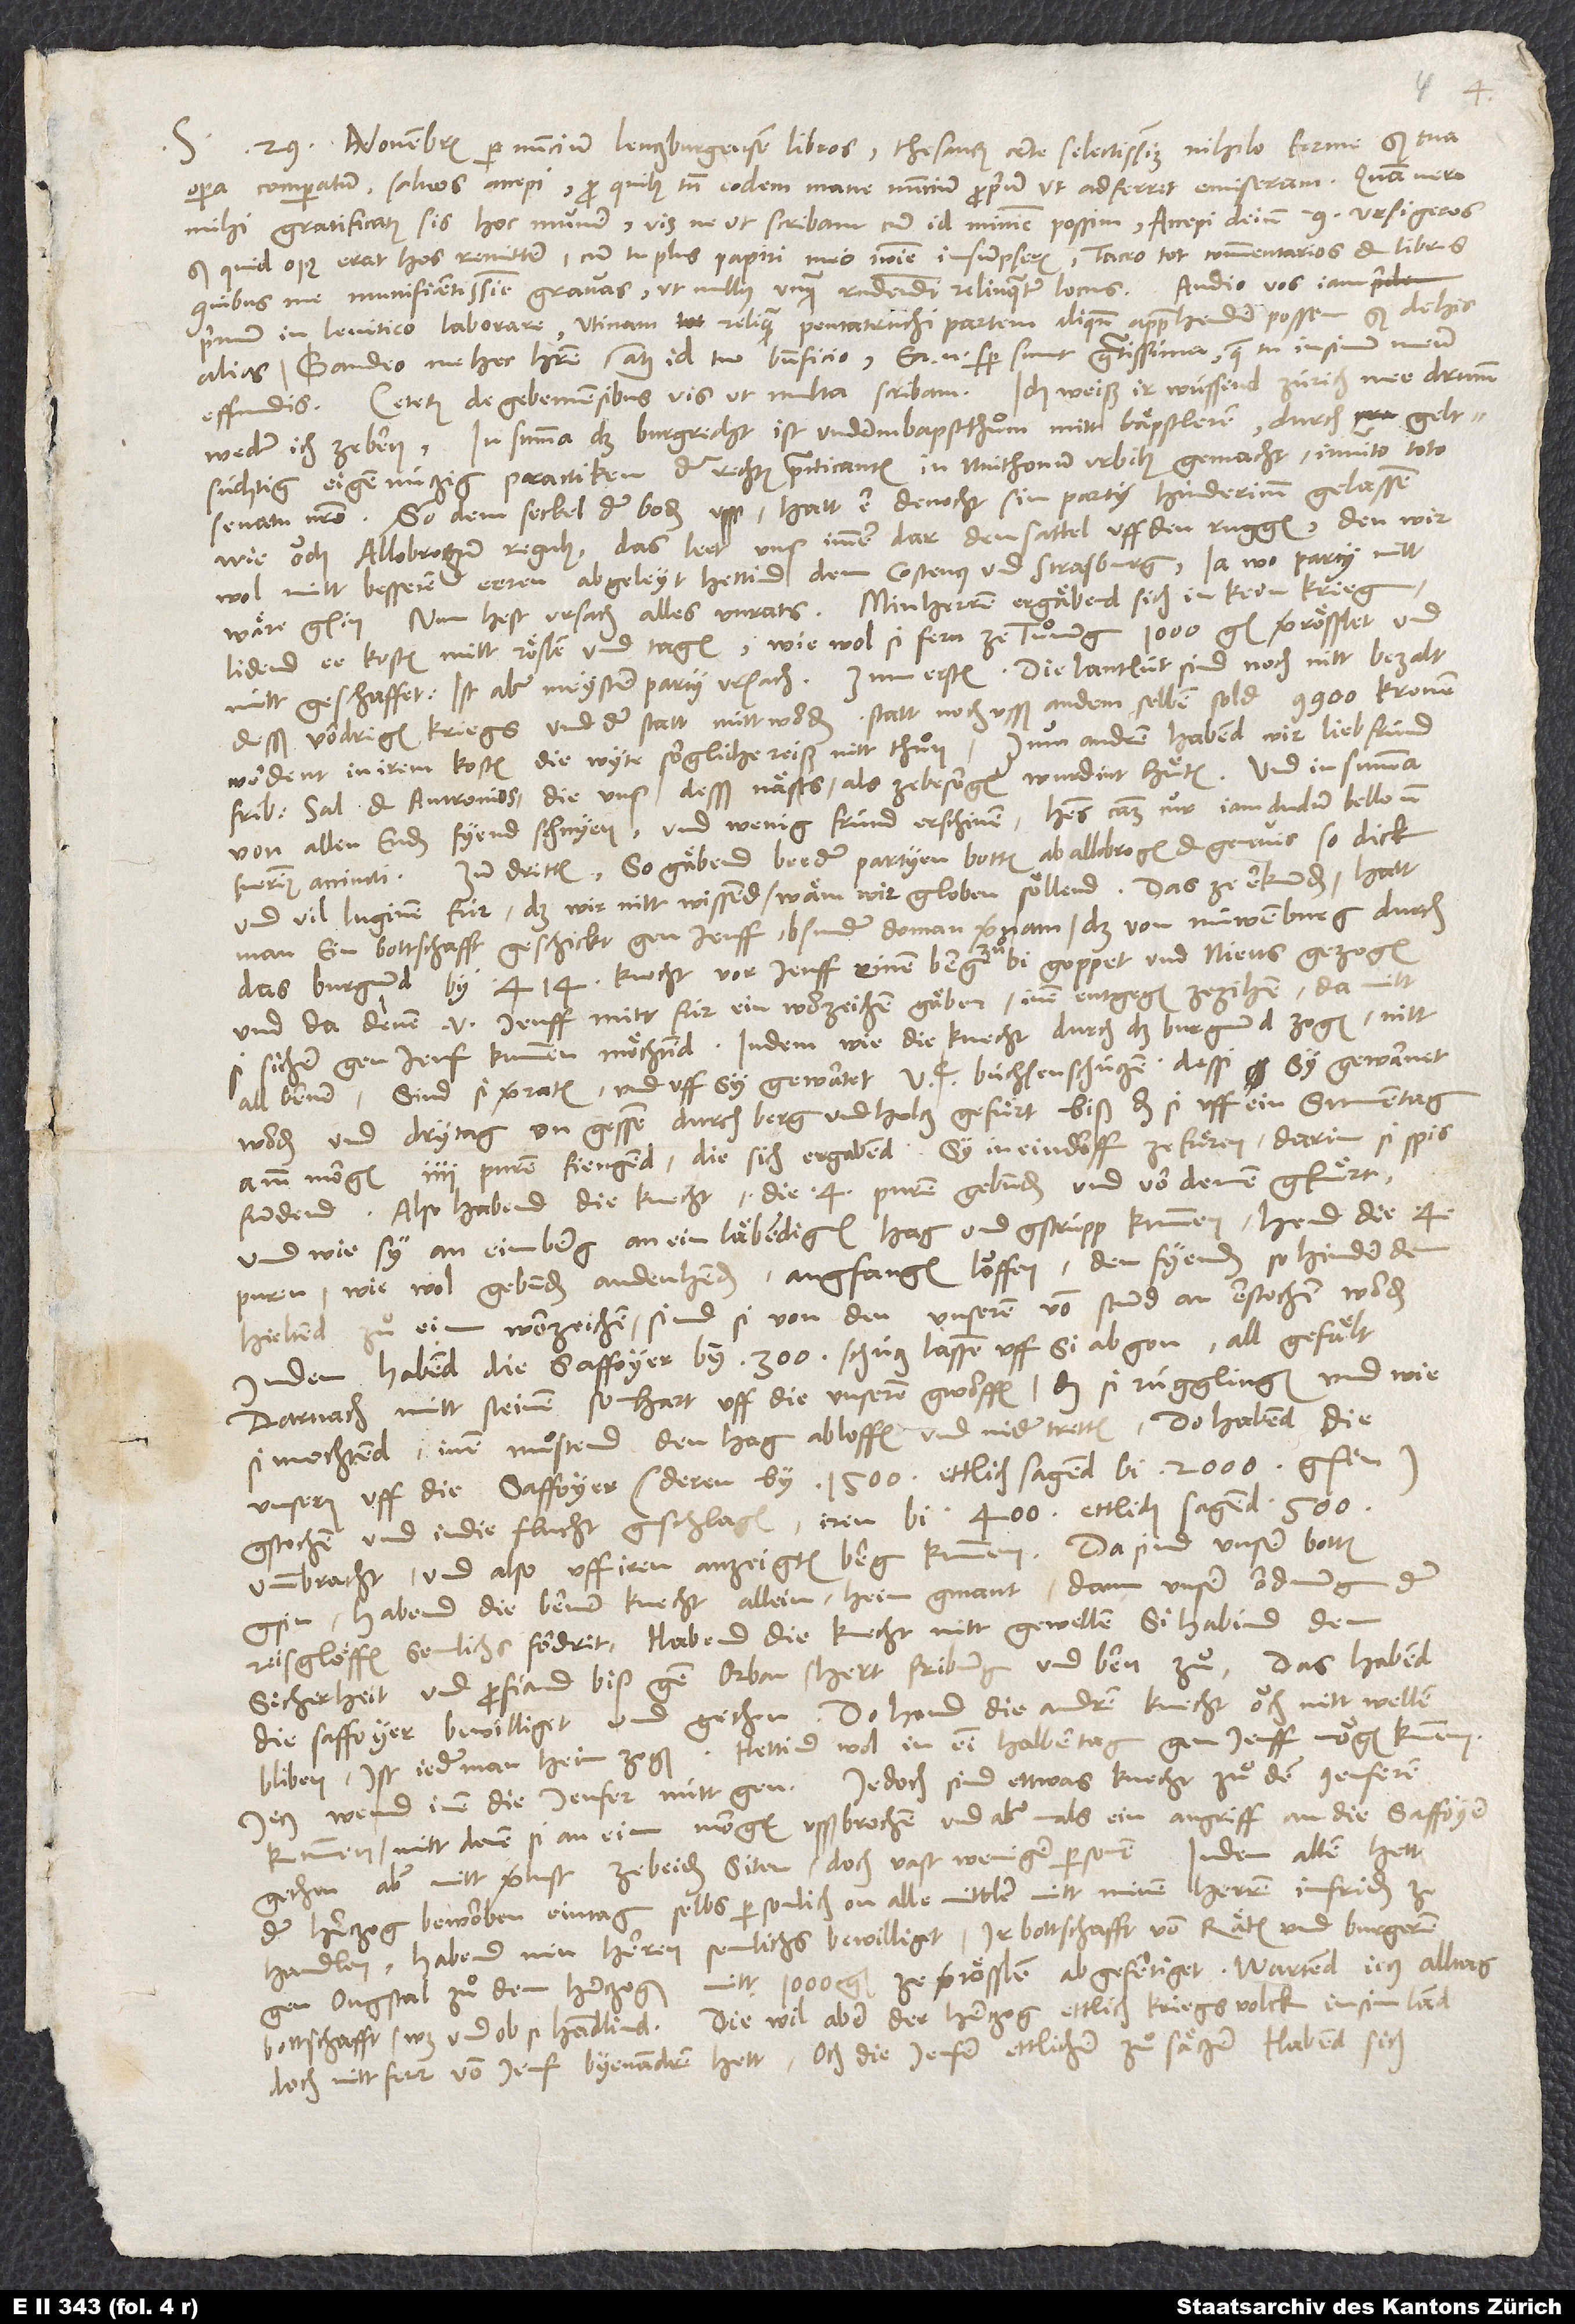
29. novembris per nuncium Lenczburgensem libros, thesaurum certe selectissimum nihilo ferme, sed tua
S.
opera comparatum, salvos accepi, pro quibus tamen eodem mane nuncium proprium, ut adferret, emiseram. Quam vero
mihi gratificatus sis hoc munere, visne, ut scribam, cum id minime possim? Accepi deinde 9 ursigeros;
sed quid opus erat hos remittere, cum tu plus papiri meo nomine insumpseris? Taceo tot commentarios et libros,
quibus me munificentissime gravas, ut nullus unquam respondendi relinquatur locus. Audio vos iam
de his
primum in Levitico laborare. Utinam reliquam Pentateuchi partem aliquando apprehendere possem! Sed
alias. Gaudeo me hec habere, atque id tuo beneficio; ea enim semper sunt gratissima, quae tu in sinum meum
Ich weiß, ir wüssend Zürich mee drumm
Ceterum de Gebennensibus vis, ut multa scribam.
weder ich ze Bern. In summa: Das burgrecht ist underm bapstthuͦm mitt bäpstleren durch geltsüchtig
eigennüczig practiken der rechten practicanten in Nuithonum urbibus gemacht, invito toto
senatu nostro. So dem seckel der boden usss, hatt er denocht sin party hinder imm gelassen,
wie ouch Allobrogum regulus. Das leet unß immer dar den sattel uff den ruggen, den wir
wol mitt besseren eeren abgeleyt hettind denn Costencz und Strasburg, ja wo party nitt
wäre gsin. Nun liest ursach allen unrats. Min herren ergäbend sich in kein krieg,
lidend ee kosten mitt röslen und tagen, wie wol si fern ze Tuͦnung 1000 gI. verrösslet und
nütt geschaffet, ist aber meyster party ursach. Zum ersten, die lantlüt sind noch nitt bezalt
desß vordrigen kriegs und der statt nütt worden, statt noch usss an dem selben sold 9900 kronen,
werdent in irem kosten die wyte sorgliche reiß nitt thun. Zum andren habend wir lieb fründ:
Friburgenses, Salodorenses et Antronios, die unß desß nästs, als zebesorgen, wurdint huͤten, und in summa
und vil luginen für, daß wir nitt wissend, wäm wir globen söllend.
man ein bottschafft geschickt gen Jenff, bsunder do man vernam, daß von Nüwenburg durch
das Burgund by 414 knecht vor Jenff einem berg zu bi Goppet und Nieus gezogen
und da denen von Jenff mitt für ein worzeichen gäben, inen entgegen zezihen, da mitt
si sicher gen Jenf kummen möchtind. Indem wie die knecht durch das Burgund zogen, nitt
all Berner, sind si verraten und uff sy gewartet 500 büchsenschüczen. Dessi sy gewarnet
worden und dry tag ungessen durch berg und holcz gefuͤrt, biß daß si uff ein sunnentag
amm morgen 4 puren fiengend, die sich ergabend, sy in ein dorff ze fuͤren, darin si spis
fundend. Also habend die knecht die 4 puren gebunden und von denen gfuͤrt,
und wie sy an eim berg an ein läbendigen hag und gstrüpp kummen, hend die 4
puren, wie wol gebunden an den henden, angfangen louffen, den fyenden, so hinder dem
hieltend, zuͦ eim worzeichen; sind si von den unseren von stund an erstochen worden.
Indem habend die Saffoyer by 300 schücz lassen uff si abgon, all gefält,
darnach mitt steinen so hart uff die unseren gworffen, daß si rügglingen und wie
si mochtend, inen muͦstend den hag abloffen und nider tretten. Do habend die
unsern uff die Saffoyer (deren by 1500, ettlich sagend bi 2000 gsin)
gstochen und in die flucht gschlagen, iren bi 400, ettlich sagend 500,
umbbracht und also uff iren anzeigten berg kummen. Da sind unser botten
gsin, habend die Berner knecht allein heim gmant, dann unser ordnung der
reisglöffen semlichs fordret. Habend die knecht nitt gewellen, si habind denn
sicherheit und profiand biß gen Orban, hert Friburg und Bern zu. Das habend
die Saffoyer bewilliget und gethon. Do hend die andren knecht ouch nitt wellen
bliben, ist jederman heim zogen. Hettind wol in eim halben tag gen Jenff mögen kummen.
Jecz wend inen die Jenfer nütt gen. Jedoch sind ettwas knecht zuͦ den Jenferen
kummen, mitt denen si an eim morgen usßbrochen und abermals ein angriff an die Saffoyer
gethon, aber mitt verlust ze beiden siten, doch vast weniger personen.
der herczog beworben ein tag, selbs persönlich on alle mittler mitt minen herren in friden ze
handlen. Habend min herren semlichs bewilliget, ir bottschafft von raten und burgeren
gen Ougstal zuͦ dem herczogen mitt 1000 gl. ze verrösslen abgefertiget. Wartend jecz alltag
bottschafft, was und ob si handlind. Die wil aber der herczog ettlich kriegs volck in sim land,
doch nitt ferr von Jenf, byenandren hett, och die Jenfer ettlicher zuͦsätzer, habend sich